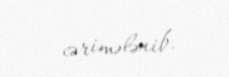
cərimələnib.